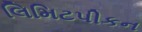
લિમિટપીકન